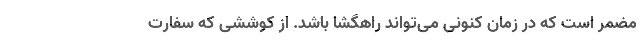
مضمر است که در زمان کنونی می‌تواند راهگشا باشد. از کوششی که سفارت